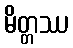
မိတ္တဿ